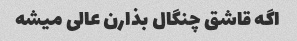
اگه قاشق چنگال بذارن عالی میشه